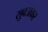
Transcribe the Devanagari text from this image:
सुवअकर